Lunatic asylums Punjab 1868-1880 - 1868-1880
Year: 1868
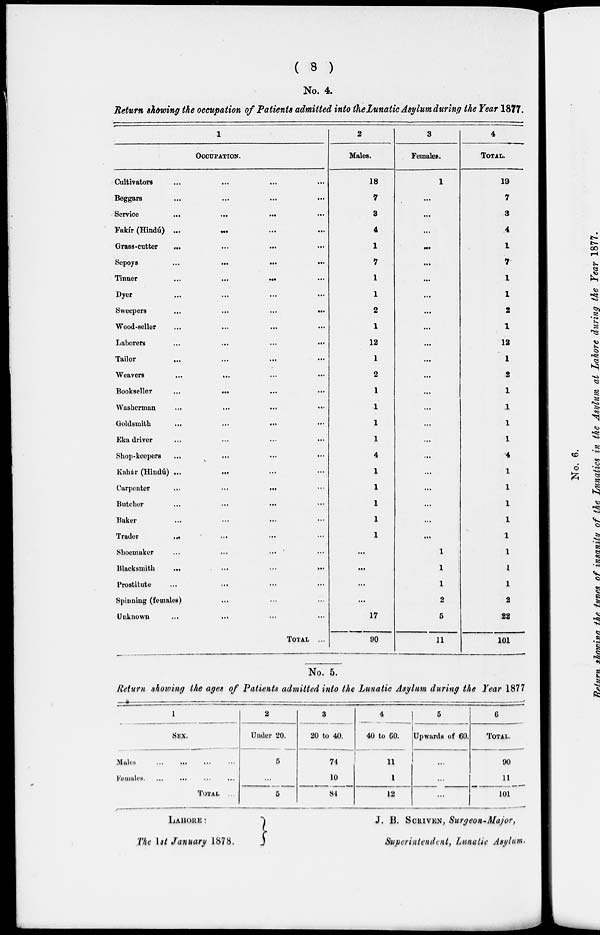
( 8 )
No. 4.
Return showing the occupation of Patients admitted into the Lunatic Asylum during the Year 1877.
1
OCCUPATION.
Cultivators ... ... ... ...
Beggars
...
...
...
...
Service
...
...
...
...
Fakir (Hindú)
...
...
...
...
Grass-cutter
...
...
...
...
Sepoys
...
...
...
...
Tinner
...
...
...
...
Dyer
...
...
...
...
Sweepers
...
...
...
...
Wood-seller
...
...
...
...
Laborers
...
...
...
...
Tailor
...
...
...
...
Weavers ... ... ... ...
Bookseller
...
...
...
...
Washerman
...
...
...
...
Goldsmith
...
...
...
...
Eka driver ... ... ... ...
Shop-keepers
...
...
...
...
Kahár (Hindú) ...
...
Carpenter ... ... ... ...
Butcher
...
...
...
...
Baker
...
...
...
...
Trader ... ... ... ...
Shoemaker ... ... ... ...
Blacksmith
...
...
... ...
Prostitute
...
...
...
...
Spinning (females) ... ... ...
Unknown ... ... ... ...
TOTAL ...
2
Males.
18
7
3
4
1
7
1
1
2
1
12
1
2
1
1
1
1
4
1
1
1
1
1
...
...
...
...
17
90
3
Females.
1
...
...
...
...
...
...
...
...
...
...
...
...
...
...
...
...
...
...
...
...
...
...
1
1
1
2
5
11
4
TOTAL.
19
7
3
4
1
7
1
1
2
1
12
1
2
1
1
1
1
4
1
1
1
1
1
1
1
1
2
22
101
No. 5.
Return showing the ages of Patients admitted into the Lunatic Asylum during the Year 1877
1
SEX
Males
...
...
...
...
Females
...
...
...
...
TOTAL ...
2
Under 20.
5
...
5
3
20 to 40.
74
10
84
4
40 to 60.
11
1
12
5
Upwards of 60.
...
...
...
6
TOTAL.
90
11
101
LAHORE :
The 1st January 1878.
J. B. SCRIVEN, Surgeon-Major,
Superintendent, Lunatic Asylum.